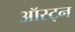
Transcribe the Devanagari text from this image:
ऑस्ट्न